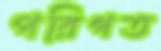
পরিগত